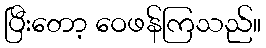
ပြီးတော့ ဝေဖန်ကြသည်။